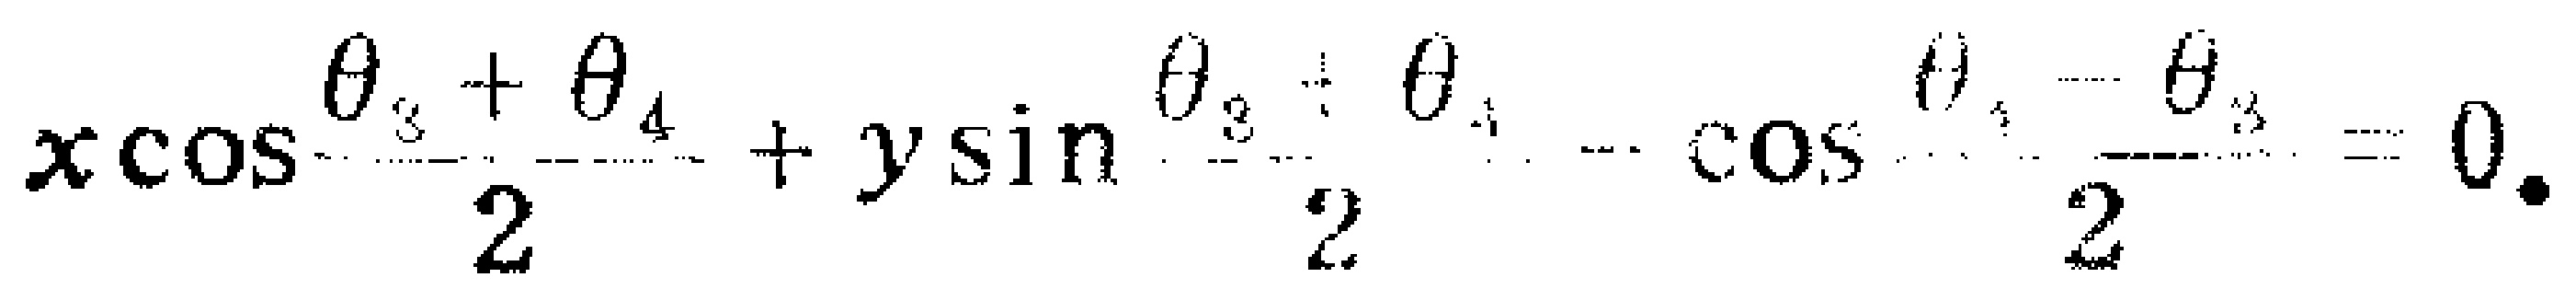
\(x\cos\frac{\theta_{3}+\theta_{4}}{2}+y\sin\frac{\theta_{3}+\theta_{4}}{2}-\cos\frac{\theta_{4}-\theta_{3}}{2}=0.\)